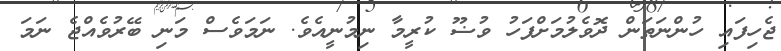
ޖެހިފައި ހުންނަތަން ދޮވެލުމަށްފަހު ވުޟޫ ކުރީމާ ނިމުނީއެވެ. ނަމަވެސް މަނި ބޭރުވެއްޖެ ނަމަ